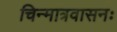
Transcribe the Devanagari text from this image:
चिन्मात्रवासनः